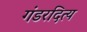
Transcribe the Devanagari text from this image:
गंडरदित्य